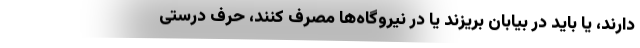
دارند، یا باید در بیابان بریزند یا در نیروگاه‌ها مصرف کنند، حرف درستی